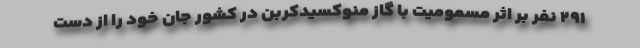
۲۹۱ نفر بر اثر مسمومیت با گاز منوکسیدکربن در کشور جان خود را از دست